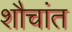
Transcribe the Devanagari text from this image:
शौचांत